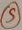
Text: S